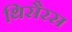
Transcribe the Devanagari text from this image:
थिसैरस